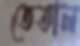
তেতাল